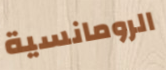
الرومانسية